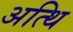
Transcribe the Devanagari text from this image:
अत्थि